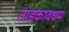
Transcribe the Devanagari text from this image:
ताडकावधम